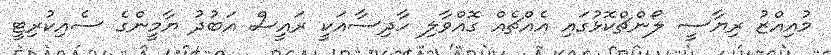
މުއިއްޒު ރިޔާސީ ލޯންޗްކޮޅުގައި އެއްޗެއް ގޮއްވާލި ހާދިސާއަކީ ރައީސް އަބުދު ޔާމީންގެ ސެއިކުރިޓީ